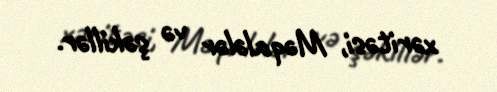
xəritəsi, Məqalələr və şəkillər.